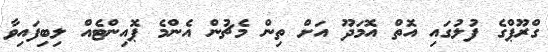
ގްރޫޕްގެ ފުލުގައި އޮތް އޮމަދޫ އަށް ތިން މެޗުން އެންމެ ޕޮއިންޓެއް ލިބިފައިވާ